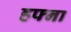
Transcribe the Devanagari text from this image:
हफ्ना